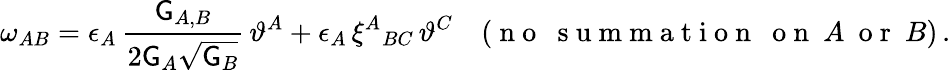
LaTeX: \omega_{AB}=\epsilon_{A}\, \frac{\mathsf{G}_{A,B}}{2\mathsf{G}_{A}\sqrt{\mathsf{G}_{B}}}\, \vartheta^{A}+\epsilon_{A}\, \xi^{A}{}_{BC}\, \vartheta^{C}\quad(\mathrm{~n~o~~~s~u~m~m~a~t~i~o~n~~~o~n~}~A~\mathrm{~o~r~}~B)\, .